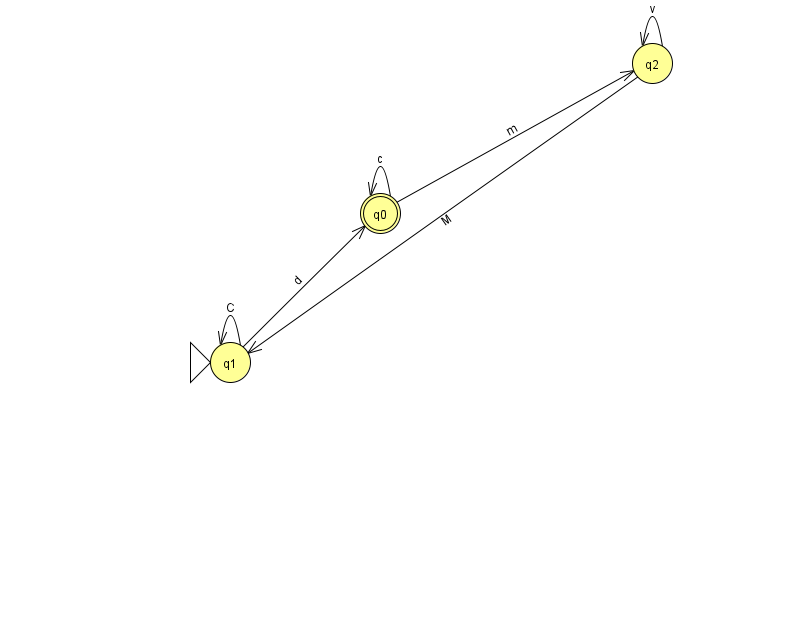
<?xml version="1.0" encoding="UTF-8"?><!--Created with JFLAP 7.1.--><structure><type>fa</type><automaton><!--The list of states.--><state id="0" name="q0"><x>380.0</x><y>200.0</y><final/></state><state id="1" name="q1"><x>230.0</x><y>349.0</y><initial/></state><state id="2" name="q2"><x>652.0</x><y>50.0</y></state><!--The list of transitions.--><transition><from>1</from><to>0</to><read>d</read></transition><transition><from>2</from><to>1</to><read>M</read></transition><transition><from>0</from><to>0</to><read>c</read></transition><transition><from>1</from><to>1</to><read>C</read></transition><transition><from>0</from><to>2</to><read>m</read></transition><transition><from>2</from><to>2</to><read>v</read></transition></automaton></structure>